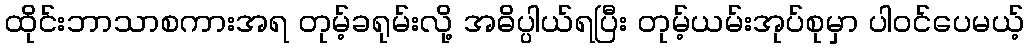
ထိုင်းဘာသာစကားအရ တုမ့်ခရုမ်းလို့ အဓိပ္ပါယ်ရပြီး တုမ့်ယမ်းအုပ်စုမှာ ပါဝင်ပေမယ့်